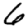
Digit: 6